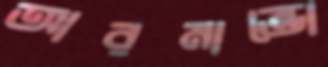
আরমান্ডো